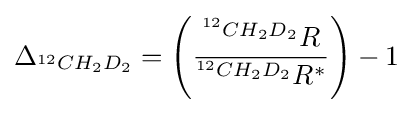
\Delta _{{}^{12}CH_{2}D_{2}}=\left({\frac {^{^{12}CH_{2}D_{2}}R}{^{^{12}CH_{2}D_{2}}R^{*}}}\right)-1